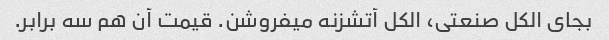
بجای الکل صنعتی، الکل آتشزنه میفروشن. قیمت آن هم سه برابر.